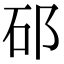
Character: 䂙